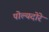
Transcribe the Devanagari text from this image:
पोल्यदोरे